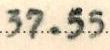
37.55